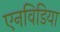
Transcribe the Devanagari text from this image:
एनविडिया